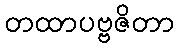
တထာပဗ္ဗဇိတာ